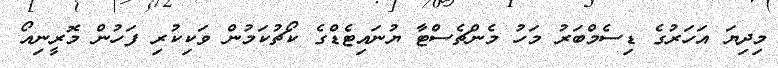
މިދިޔަ އަހަރުގެ ޑިސެމްބަރު މަހު މެންޗެސްޓާ ޔުނައިޓެޑްގެ ކޯޗުކަމުން ވަކިކުރި ފަހުން މޮރީނިއޯ